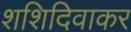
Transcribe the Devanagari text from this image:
शशिदिवाकर